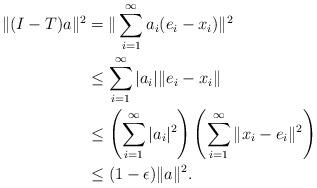
LaTeX: \begin{align*}\|(I-T)a\|^2 &= \|\sum_{i=1}^{\infty}a_i(e_i-x_i)\|^2\\&\le \sum_{i=1}^{\infty}|a_i|\|e_i-x_i\|\\&\le \left ( \sum_{i=1}^{\infty}|a_i|^2\right ) \left (\sum_{i=1}^{\infty}\|x_i-e_i\|^2 \right )\\&\le (1-\epsilon)\|a\|^2.\end{align*}